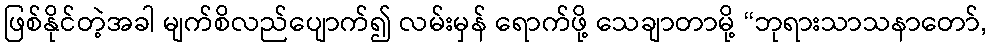
ဖြစ်နိုင်တဲ့အခါ မျက်စိလည်ပျောက်၍ လမ်းမှန် ရောက်ဖို့ သေချာတာမို့ “ဘုရားသာသနာတော်,